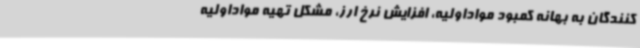
کنندگان به بهانه کمبود مواداولیه، افزایش نرخ ارز، مشکل تهیه مواداولیه